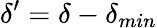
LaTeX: \delta^{\prime}=\delta-\delta_{min}